Civil Veterinary Dept. Assam report 1911-1927 - 1911-1927
Year: 1911
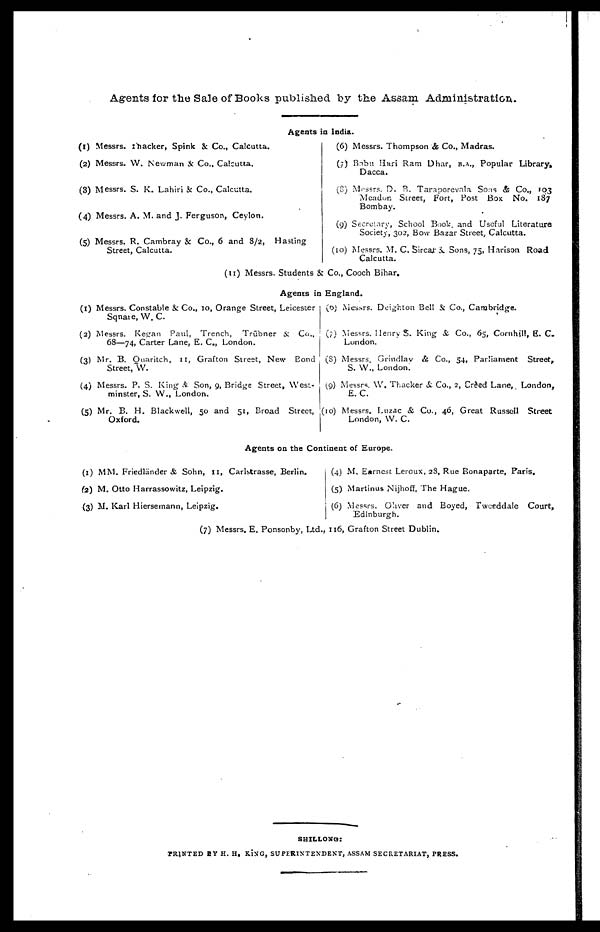
Agents for the Sale of Books published by the Assam Administration
Agents in India.
(1) Messrs. Thacker, Spink & Co., Calcutta.
(2) Messrs. W. Newman 5c Co., Calcutta.
(3) Messrs. S. K. Lahiri &Co., Calcutta.
(4) Messrs. A. M. and J. Ferguson, Ceylon.
(5) Messrs. R. Cambray & Co., 6 and 8/2, Hasting
Street, Calcutta.
(6) Messrs. Thompson & Co., Madras.
(7) Babu Hari Ram Dhar, B.A., Popular Library,
Dacca.
(8) Messrs. D. B. Taraporevala Sons & Co., 103
Meadon Street, Fort, Post Box No. 187
Bombay.
(9) Secretary, School Book, and Useful Literature
Society, 302, Bow Bazar Street, Calcutta.
(10) Messrs. M. C. Sircat 3 Sons, 75, Hanson Road
Calcutta.
(11) Messrs. Students & Co., Cooch Bihar.
Agents in England.
(1) Messrs. Constable & Co., 10, Orange Street, Leicester
Sqnaie, W. C.
(2) Messrs. Kegan Paul, Trench, Trubner & Co.,
68—74, Carter Lane, E. C., London.
(3) Mr. B. Ouaritch, ii, Grafton Street, New Bond
Street,W.
(4) Messrs. P. S. King & Son, 9, Bridge Street, West-
minster, S. W. London.
(5) Mr. B. H. Black well, 50 and 51, Broad Street,
Oxford.
(6) Messrs. Deighton Bell & Co., Cambridge.
(7) Messrs. Henry S. King & Co., 65, Cornhill, E. C-
Lundon.
(8) Messrs. Grindlav & Co., 54, Parliament Street,
S. W., London.
(9) Messrs. W. Thacker & Co., 2, Creed Lane, London,
E.C.
(10) Messrs. Luzac & Co., 46, Great Russell Street
London, W. C.
Agents on the Continent of Europe.
(1) MM. Friedliinder & Sohn, 11, Carlstrasse, Berlin.
(2) M. Otto Harrassowitz, Leipzig.
(3) M. Karl Hiersemann, Leipzig.
(4) M. Earnest Leroux, 28, Rue Bonaparte, Paris.
(5) Martinus Nijhoff, The Hague.
(6) Messrs. Ohver and Boyed, Tweeddale Court,
Edinburgh.
(7) Messrs. E. Ponsonby, Ltd., 116, Grafton Street Dublin.
SHILLONG :
PRINTED BY H. H. K.1SG, SUPERINTENDENT, ASSAM SECRETARIAT, PRESS.